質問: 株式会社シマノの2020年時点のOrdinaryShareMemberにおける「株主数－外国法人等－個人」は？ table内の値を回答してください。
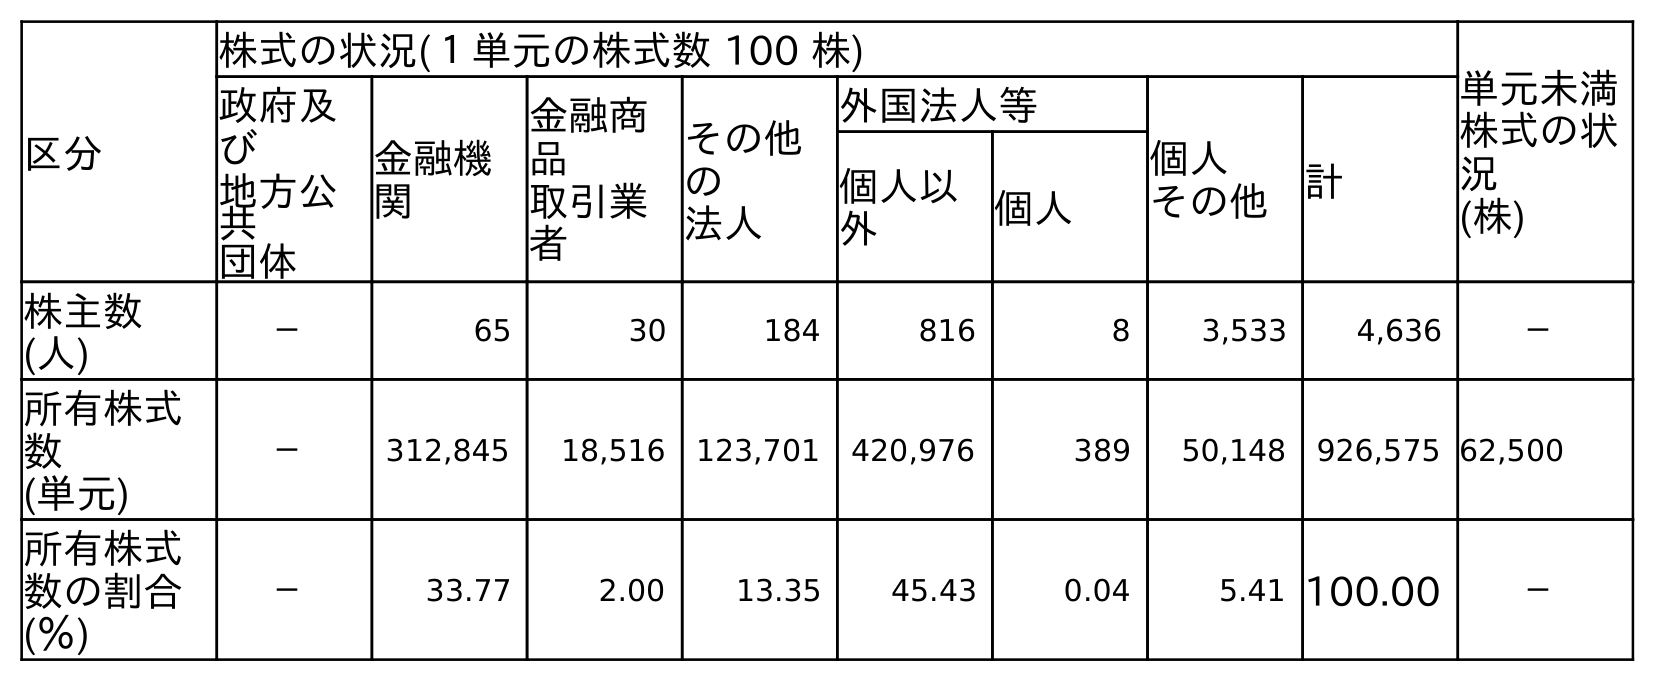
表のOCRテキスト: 区分 株式の状況(１単元の株式数 100 株) 単元未満 株式の状 況 (株) 政府及 び 地方公 共 団体 金融機 関 金融商 品 取引業 者 その他 の 法人 外国法人等 個人 その他 計 個人以 外 個人 株主数 (人) － 65 30 184 816 8 3,533 4,636 － 所有株式 数 (単元) － 312,845 18,516 123,701 420,976 389 50,148 926,575 62,500 所有株式 数の割合 (％) － 33.77 2.00 13.35 45.43 0.04 5.41 100.00 －
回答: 8